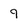
Character: 9